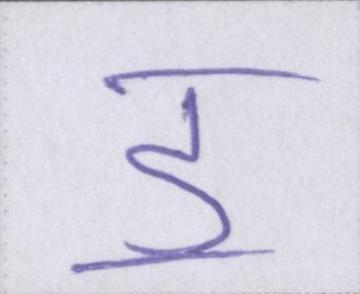
ॾ